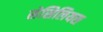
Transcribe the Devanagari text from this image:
सेसिलियस